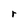
Character: r